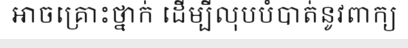
អាចគ្រោះថ្នាក់ ដើម្បីលុបបំបាត់នូវពាក្យ